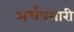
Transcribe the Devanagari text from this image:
अर्धपगारी